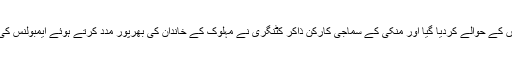
شام چھ بجے نعشوں کا پوسٹ مارٹم کرکے نعشوں کو گھروالوں کے حوالے کردیا گیا اور منکی کے سماجی کارکن ذاکر کٹنگری نے مہلوک کے خاندان کی بھرپور مدد کرتے ہوئے ایمبولنس کی مدد سے خود نعشوں کو بنگلور لے جانے کے لئے نکل پڑے۔